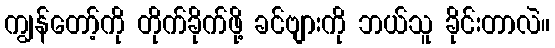
ကျွန်တော့်ကို တိုက်ခိုက်ဖို့ ခင်ဗျားကို ဘယ်သူ ခိုင်းတာလဲ။